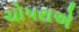
ચોપરાએ